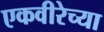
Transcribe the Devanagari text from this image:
एकवीरेच्या